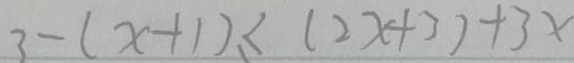
3 - ( x + 1 ) \leq ( 2 x + 3 ) + 3 x